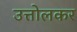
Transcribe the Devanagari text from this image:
उत्तोलकर